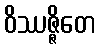
ဝိဿဇ္ဇိတေ